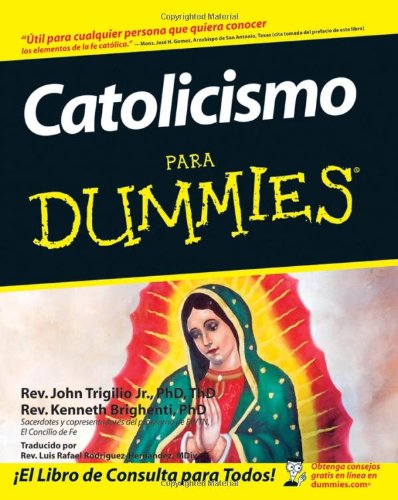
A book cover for Catolicismo Para Dummies (Spanish Edition); Christian Books & Bibles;